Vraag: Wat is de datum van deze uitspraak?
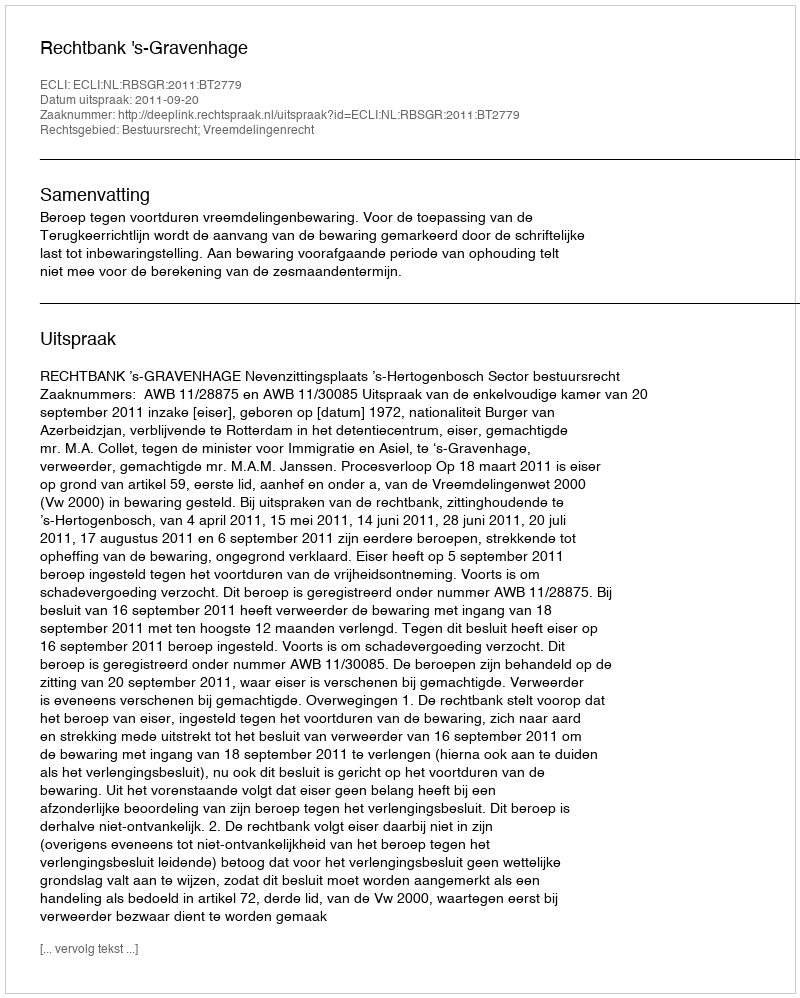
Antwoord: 2011-09-20